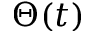
\Theta ( t )